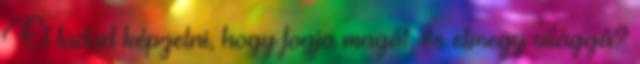
El tudod képzelni, hogy fogja magát, és elmegy világgá?